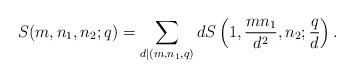
LaTeX: \begin{align*}S(m,n_1,n_2;q)=\sum_{d|(m,n_1,q)}dS\left(1,\frac{mn_1}{d^2},n_2;\frac{q}{d} \right).\end{align*}